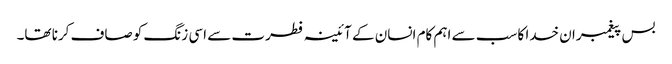
بس پیغمبران خدا کا سب سے اہم کام انسان کے آئینہ فطرت سے اسی زنگ کو صاف کرنا تھا۔